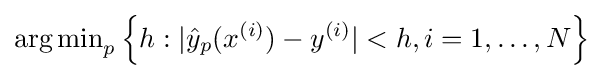
\operatorname {arg\,min} _{p}\left\{h:|{\hat {y}}_{p}(x^{(i)})-y^{(i)}|<h,i=1,\ldots ,N\right\}